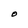
Character: O